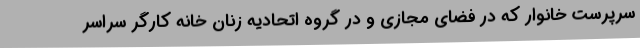
سرپرست خانوار که در فضای مجازی و در گروه اتحادیه زنان خانه کارگر سراسر